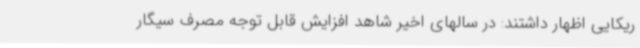
ریکایی اظهار داشتند: در سالهای اخیر شاهد افزایش قابل توجه مصرف سیگار